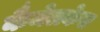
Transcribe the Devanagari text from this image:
कैमेलकेस